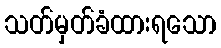
သတ်မှတ်ခံထားရသော